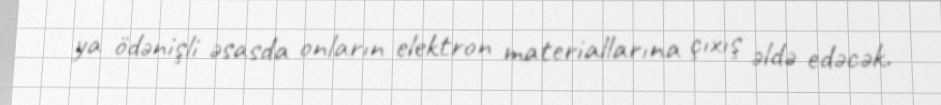
ya ödənişli əsasda onların elektron materiallarına çıxış əldə edəcək.